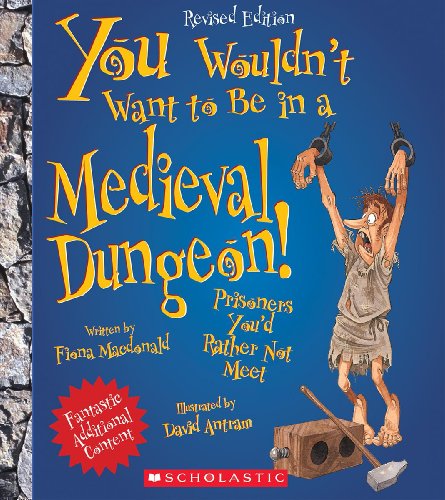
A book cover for You Wouldn't Want to Be in a Medieval Dungeon!: Prisoners You'd Rather Not Meet; Fiona MacDonald; Children's Books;